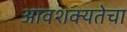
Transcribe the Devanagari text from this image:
आवशक्यतेचा